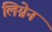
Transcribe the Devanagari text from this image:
लिग्नेन